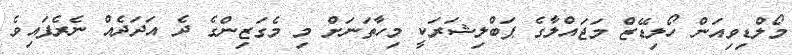
މޯލްޑިވިއަން ހޯލިޑޭޒް މަޖައްލާގެ ޕަބްލިޝަރަކީ މިހާތަނަށް މި މެގަޒިންގެ ދެ އަދަދެއް ނެރެފައިވެ